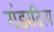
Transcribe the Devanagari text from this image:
गंडरदित्य